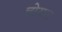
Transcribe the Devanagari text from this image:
चोयस